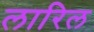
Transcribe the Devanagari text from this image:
लारिल